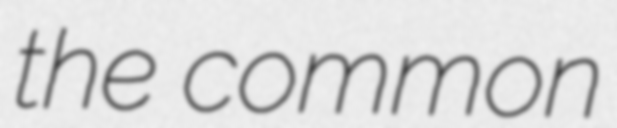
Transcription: the common